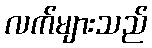
လက်များသည်